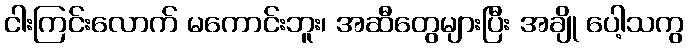
ငါးကြင်းလောက် မကောင်းဘူး၊ အဆီတွေများပြီး အချို ပေါ့သကွ